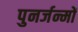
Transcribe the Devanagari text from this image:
पुनर्जन्मों